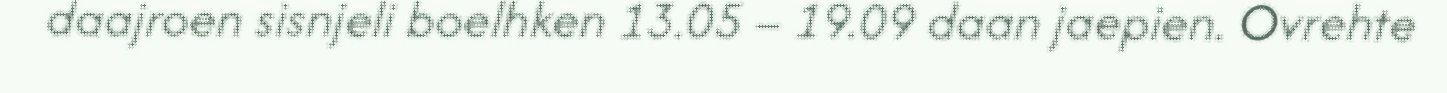
daajroen sisnjeli boelhken 13.05 – 19.09 daan jaepien. Ovrehte